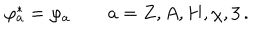
LaTeX: \varphi _ { a } ^ { * } = \varphi _ { a } \qquad a = Z , A , H , \chi , 3 \, .